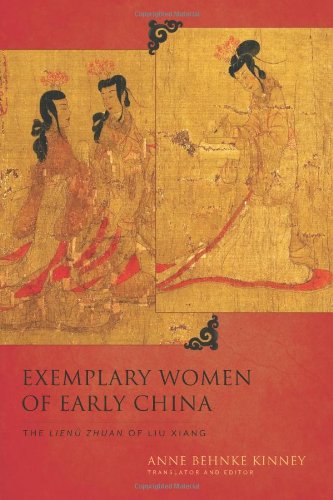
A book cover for Exemplary Women of Early China: The LienÃ¼ zhuan of Liu Xiang (Translations from the Asian Classics); Anne Behnke Kinney; Gay & Lesbian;